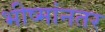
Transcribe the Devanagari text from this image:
भीष्मांनतर